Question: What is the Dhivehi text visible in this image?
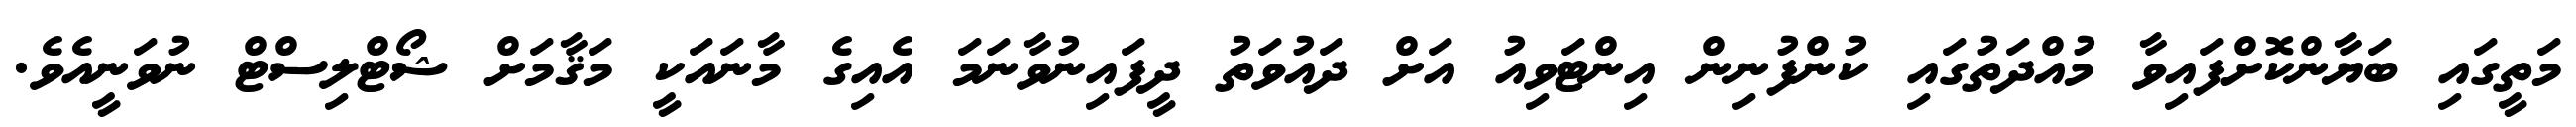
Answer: މަތީގައި ބަޔާންކޮށްފައިވާ މުއްދަތުގައި ކުންފުނިން އިންޓަވިއު އަށް ދައުވަތު ދީފައިނުވާނަމަ އެއިގެ މާނައަކީ މަޤާމަށް ޝޯޓްލިސްޓް ނުވަނީއެވެ.